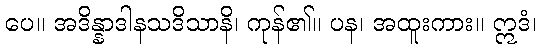
ပေ။ အဒိန္နာဒါနသဒိသာနိ၊ ကုန်၏။ ပန၊ အထူးကား။ ဣဒံ၊